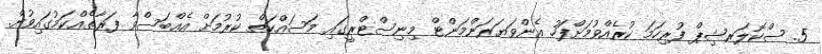
5. ސްކޮލަރޝިޕް ފުރިހަމަ ކުރެއްވުމަށްފަހު އެންވަޔަރަންމަންޓް މިނިސްޓްރީގައި މަސައްކަތް ކުރުމަށް އެއްބަސްވާ ފަރާތެއްކަމުގައިވުން.